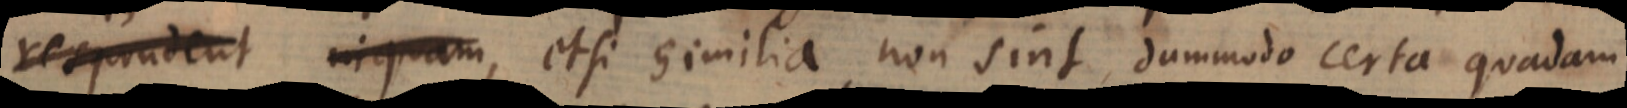
respondent inquam, etsi similia non sint, dummodo certa quadam